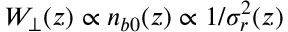
W _ { \perp } ( z ) \propto n _ { b 0 } ( z ) \propto 1 / \sigma _ { r } ^ { 2 } ( z )